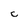
Character: c